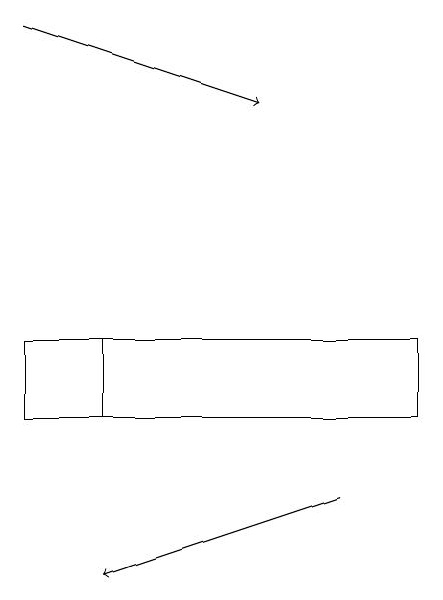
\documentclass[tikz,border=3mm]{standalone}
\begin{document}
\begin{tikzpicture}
\draw[->] (0,18) -- (3,17);
\draw (5,13) rectangle (0,14);
\draw (5,14) rectangle (1,13);
\draw[->] (4,12) -- (1,11);
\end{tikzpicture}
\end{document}